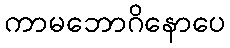
ကာမဘောဂိနောပေ